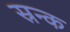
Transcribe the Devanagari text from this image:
स्रन्क